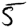
Digit: 5